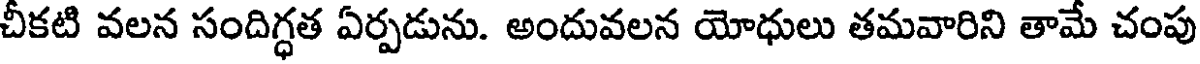
చీకటి వలన సందిగ్ధత ఏర్పడును. అందువలన యోధులు తమవారిని తామే చంపు